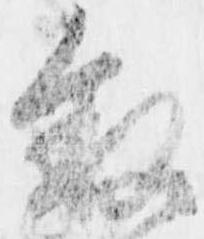
叙